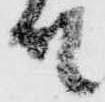
殿